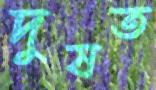
দুষত